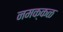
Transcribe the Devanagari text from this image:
नमक्कळ